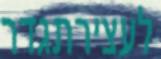
לעצירתגדר